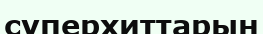
суперхиттарын